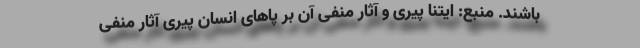
باشند. منبع: ایتنا پیری و آثار منفی آن بر پاهای انسان پیری آثار منفی